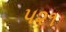
૫૨૧